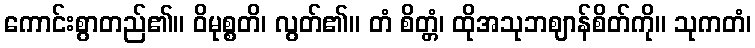
ကောင်းစွာတည်၏။ ဝိမုစ္စတိ၊ လွတ်၏။ တံ စိတ္တံ၊ ထိုအသုဘဈာန်စိတ်ကို။ သုကတံ၊